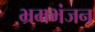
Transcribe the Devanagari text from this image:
भ्रमभंजन